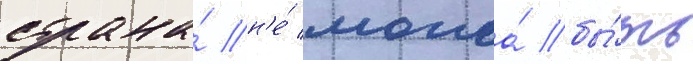
страна́ н'е́ могла́ бы́ть